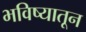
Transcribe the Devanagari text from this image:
भविष्यातून